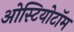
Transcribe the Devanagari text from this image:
ओस्टियोटॉम